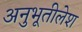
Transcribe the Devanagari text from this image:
अनुभूतीलेश